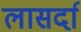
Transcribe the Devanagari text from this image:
लासर्दा